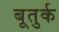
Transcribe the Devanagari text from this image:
बूतुर्क